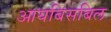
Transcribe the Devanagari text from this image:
आयबिसबिल